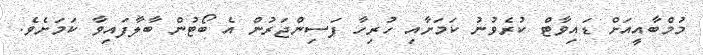
މުމްބާއީއަށް ޑައިވާޓް ކުރެވުނު ކަމަށާއި ހުރިހާ ފަސިންޖަރުން އެ ބޯޓުން ބާލާފައިވާ ކަމަށެވެ.